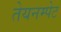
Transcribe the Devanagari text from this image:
तेयनम्पेट